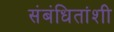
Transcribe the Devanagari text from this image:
संबंधितांशी